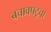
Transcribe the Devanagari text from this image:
बचावपटूचा